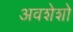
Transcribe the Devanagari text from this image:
अवशेशो